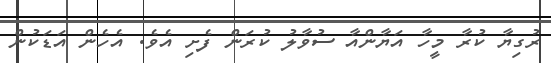
ރުގިޔާ ކުރާ މީހާ އަޔާންއާ ސުވާލު ކުރަން ފެށި އެވެ. އެހެން އަޑަކުން